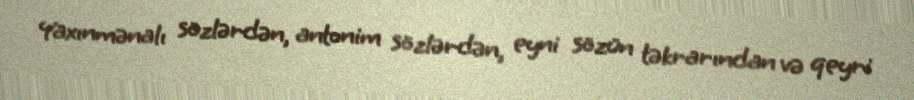
Yaxınmənalı sözlərdən, antonim sözlərdən, eyni sözün təkrarından və qeyri